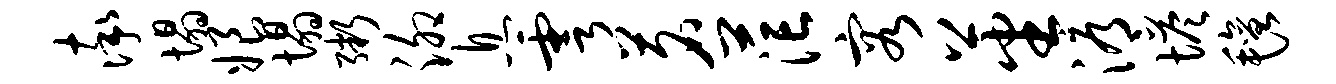
率塌娘塌粥泖息雩茗茫容蕃溽塔毡